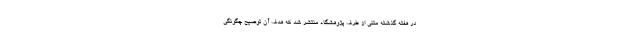
در هفته گذشته متنی از طرف پژوهشگاه منتشر شد که هدف آن توضیح چگونگی